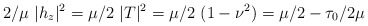
\begin{align*}2/\mu\ |h_z|^2=\mu/2\ |T|^2=\mu/2\ (1-\nu^2)=\mu/2-\tau_0/{2\mu}\end{align*}